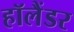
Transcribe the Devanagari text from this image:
हॉलैंडर